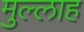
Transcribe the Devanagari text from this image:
मुल्‍लाह